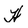
Character: H